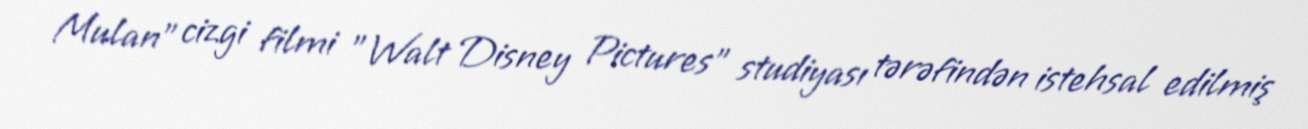
Mulan" cizgi filmi "Walt Disney Pictures" studiyası tərəfindən istehsal edilmiş